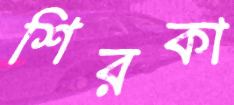
শিরকা